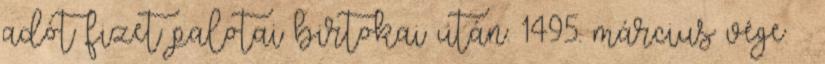
adót fizet palotai birtokai után. 1495. március vége –